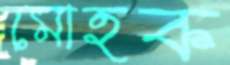
মোহক